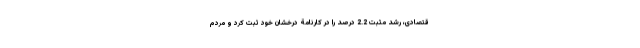
قتصادی، رشد مثبت 2.2 درصد را در کارنامة درخشان خود ثبت کرد و مردم